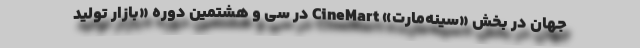
جهان در بخش «سینه‌مارت» CineMart در سی و هشتمین دوره «بازار تولید